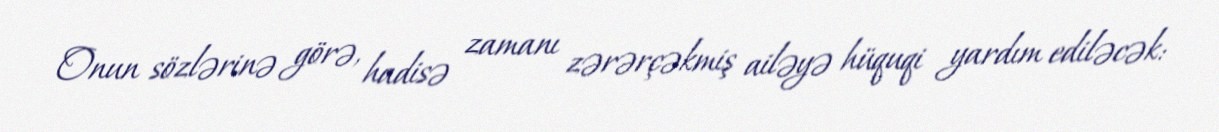
Onun sözlərinə görə, hadisə zamanı zərərçəkmiş ailəyə hüquqi yardım ediləcək: